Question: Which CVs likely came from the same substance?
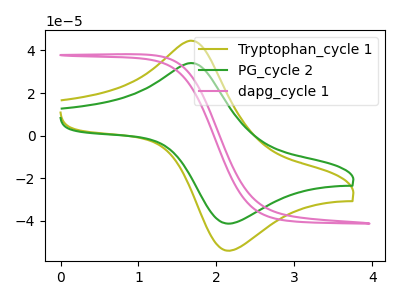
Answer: <think>The olive curve "Tryptophan_cycle 1" has an anodic peak at (1.70V, 44.55uA) and a cathodic peak at (2.10V, -53.90uA). The green curve "PG_cycle 2" has an anodic peak at (1.70V, 34.05uA) and a cathodic peak at (2.10V, -41.20uA). The pink curve "dapg_cycle 1" has no peaks.
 All the peaks in "Tryptophan_cycle 1" have a peak in "PG_cycle 2" at the same potential. Every peak in "Tryptophan_cycle 1" is higher than every peak in "PG_cycle 2". "Tryptophan_cycle 1" and "dapg_cycle 1" have a different number of peaks. "PG_cycle 2" and "dapg_cycle 1" have a different number of peaks.</think>
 <answer>"PG_cycle 2" and "Tryptophan_cycle 1" have the same shape and are likely CV's of the same chemical.</answer>
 <eval>"PG_cycle 2" "Tryptophan_cycle 1"</eval>